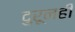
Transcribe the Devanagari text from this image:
दुरूनही